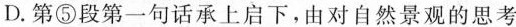
D.第⑤段第一句话承上启下，由对自然景观的思考